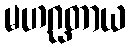
မဟဂ္ဃတာယ